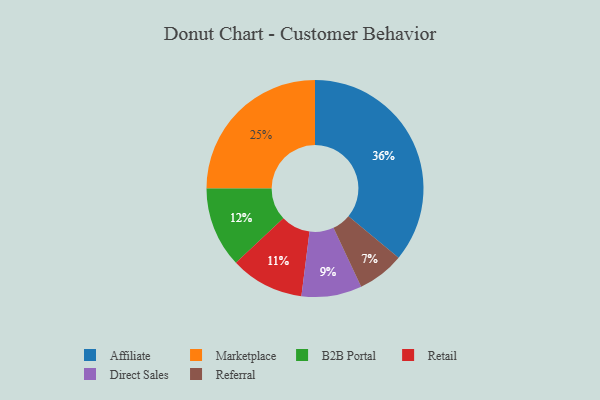
{"axis": {"x": "Category", "y": "Percentage"}, "legend": ["Affiliate", "B2B Portal", "Direct Sales", "Marketplace", "Referral", "Retail"], "data": [{"x": "B2B Portal", "y": 12, "type": "B2B Portal"}, {"x": "Marketplace", "y": 25, "type": "Marketplace"}, {"x": "Direct Sales", "y": 9, "type": "Direct Sales"}, {"x": "Retail", "y": 11, "type": "Retail"}, {"x": "Referral", "y": 7, "type": "Referral"}, {"x": "Affiliate", "y": 36, "type": "Affiliate"}]}